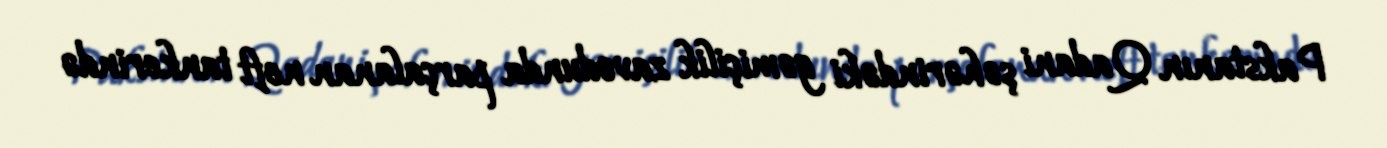
Pakstanın Qadani şəhərindəki gəmiçilik zavodunda parçalanan neft tankerində